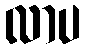
လာပ